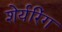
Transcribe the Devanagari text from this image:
शेर्यरिंग